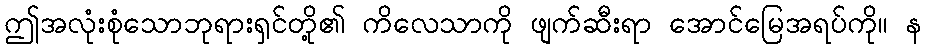
ဤအလုံးစုံသောဘုရားရှင်တို့၏ ကိလေသာကို ဖျက်ဆီးရာ အောင်မြေအရပ်ကို။ န